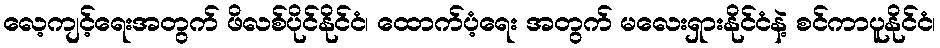
လေ့ကျင့်ရေးအတွက် ဖိလစ်ပိုင်နိုင်ငံ၊ ထောက်ပံ့ရေး အတွက် မလေးရှားနိုင်ငံနဲ့ စင်ကာပူနိုင်ငံ၊